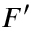
F ^ { \prime }